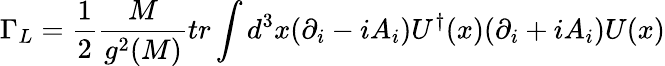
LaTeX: \Gamma_{L}={\frac{1}{2}}{\frac{M}{g^{2}(M)}}tr\int d^{3}x(\partial_{i}-iA_{i})U^{\dagger}(x)(\partial_{i}+iA_{i})U(x)